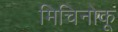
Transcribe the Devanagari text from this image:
मिचिनोकू